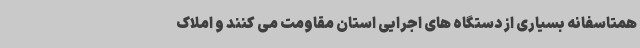
همتاسفانه بسیاری از دستگاه های اجرایی استان مقاومت می کنند و املاک